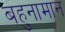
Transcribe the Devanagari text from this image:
बहुनामान